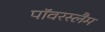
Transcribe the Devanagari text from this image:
पॉवरस्लैम